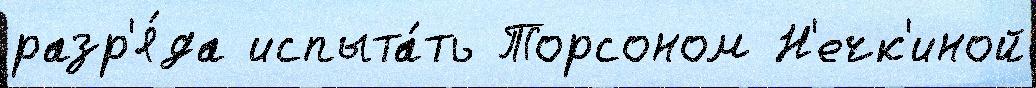
разр'я́да испыта́ть Торсоном Н'ечк'иной